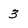
Character: 3